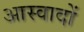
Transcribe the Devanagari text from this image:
आस्वादों